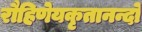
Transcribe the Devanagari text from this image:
रौहिणेयकृतानन्दो